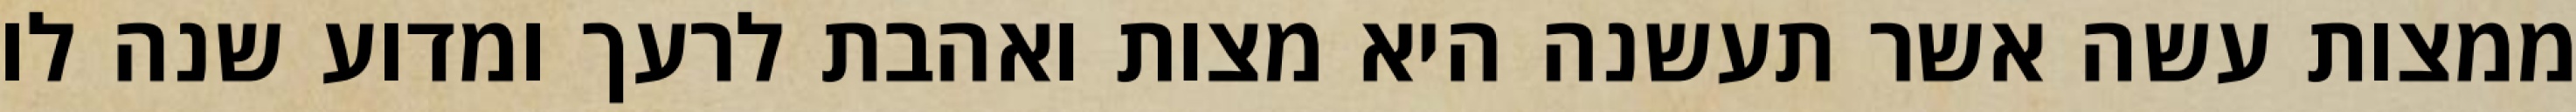
ממצות עשה אשר תעשנה היא מצות ואהבת לרעך ומדוע שנה לו